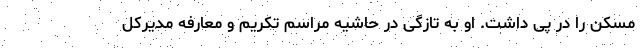
مسکن را در پی داشت. او به تازگی در حاشیه مراسم تکریم و معارفه مدیرکل